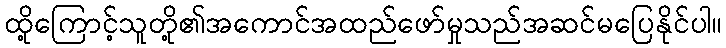
ထို့ကြောင့်သူတို့၏အကောင်အထည်ဖော်မှုသည်အဆင်မပြေနိုင်ပါ။